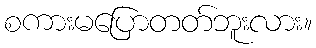
စကားမပြောတတ်ဘူးလား။